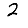
Digit: 2